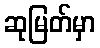
ဆုမြတ်မှာ